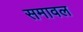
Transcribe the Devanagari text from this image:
समावल